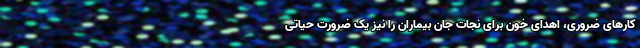
کارهای ضروری، اهدای خون برای نجات جان بیماران را نیز یک ضرورت حیاتی